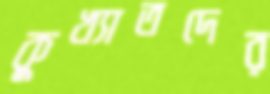
কুখ্যাতদের